Indian journal of veterinary science and animal husbandry - Volumes 26-27, 1956-1957
Year: 1956
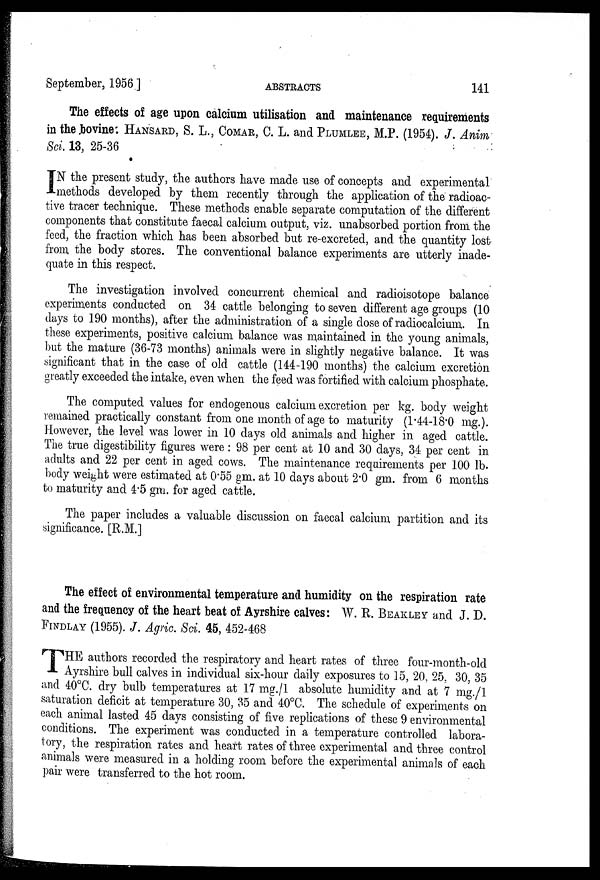
September, 1956 ]
ABSTRACTS
141
The effects of age upon calcium utilisation and maintenance requirements
in the bovine. HANSARD, S. L., COMAR, C. L. and PLUMLEE, M.P. (1954). J. Anim
Sci. 13, 25-36
I N the present study, the authors have made use of concepts and experimental
methods developed by them recently through the application of the radioac-
tive tracer technique. These methods enable separate computation of the different
components that constitute faecal calcium output, viz. unabsorbed portion from the
feed, the fraction which has been absorbed but re-excreted, and the quantity lost
from the body stores. The conventional balance experiments are utterly inade-
quate in this respect.
The investigation involved concurrent chemical and radioisotope balance
experiments conducted on 34 cattle belonging to seven different age groups (10
days to 190 months), after the administration of a single dose of radiocalcium. In
these experiments, positive calcium balance was maintained in the young animals,
but the mature (36-73 months) animals were in slightly negative balance. It was
significant that in the case of old cattle (144-190 months) the calcium excretion
greatly exceeded the intake, even when the feed was fortified with calcium phosphate.
The computed values for endogenous calcium excretion per kg. body weight
remained practically constant from one month of age to maturity (1.44-18.0 mg.).
However, the level was lower in 10 days old animals and higher in aged cattle.
The true digestibility figures were: 98 per cent at 10 and 30 days, 34 per cent in
adults and 22 per cent in aged cows. The maintenance requirements per 100 lb.
body weight were estimated at 0.55 gm. at 10 days about 2.0 gm. from 6 months
to maturity and 4.5 gm. for aged cattle.
The paper includes a valuable discussion on faecal calcium partition and its
significance. [R.M.]
The effect of environmental temperature and humidity on the respiration rate
and the frequency of the heart beat of Ayrshire calves: W. R. BEAKLEY and J. D.
FINDLAY (1955). J. Agric. Sci. 45, 452-468
THE authors recorded the respiratory and heart rates of three four-month-old
Ayrshire bull calves in individual six-hour daily exposures to 15, 20, 25, 30, 35
and 40°C. dry bulb temperatures at 17 mg./1 absolute humidity and at 7 mg./1
saturation deficit at temperature 30, 35 and 40°C. The schedule of experiments on
each animal lasted 45 days consisting of five replications of these 9 environmental
conditions. The experiment was conducted in a temperature controlled labora-
tory, the respiration rates and heart rates of three experimental and three control
animals were measured in a holding room before the experimental animals of each
pair were transferred to the hot room.